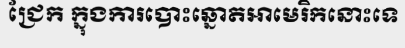
ជ្រែក ក្នុងការបោះឆ្នោតអាមេរិកនោះទេ